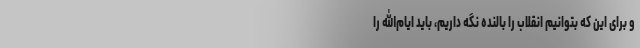
و برای این که بتوانیم انقلاب را بالنده نگه داریم، باید ایام‌الله را